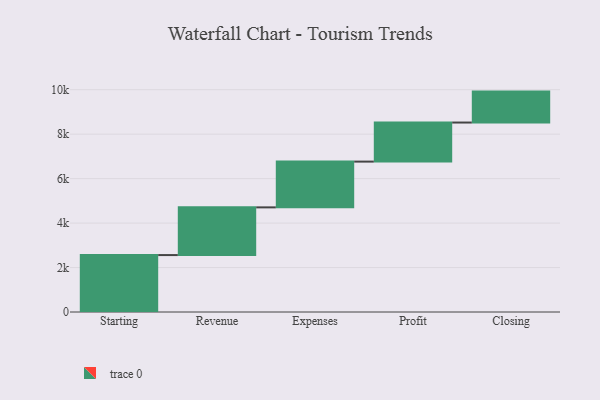
{"axis": {"x": "Step", "y": "Value"}, "legend": [""], "data": [{"x": "Starting", "y": 2561.0, "type": ""}, {"x": "Revenue", "y": 2146.0, "type": ""}, {"x": "Expenses", "y": 2059.0, "type": ""}, {"x": "Profit", "y": 1757.0, "type": ""}, {"x": "Closing", "y": 1392.0, "type": ""}]}